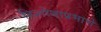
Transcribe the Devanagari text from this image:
हिशोबाप्रमाणे